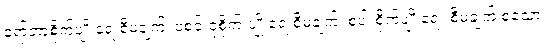
ရော်ဘာစိုက်ပျိုးရေးစီမံချက်၊ ပဲစင်းငုံစိုက် ပျိုးရေးစီမံချက်၊ စပါးစိုက်ပျိုးရေး စီမံချက် စသော